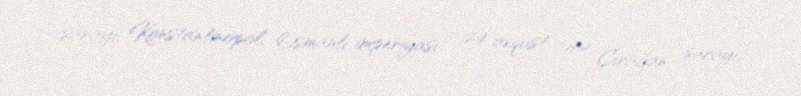
sarayı, Konstantinopol, Osmanlı imperiyası – 29 avqust 1904, Çırağan sarayı,